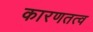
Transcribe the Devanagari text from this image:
कारणतत्व